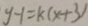
y - 1 = k ( x + 3 )